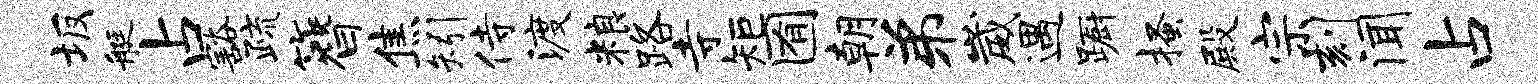
坂艇占豁疏簪焦矧侍渡粮路寺矩囿朝弟崴遇蹰搔殿宗刻闻占